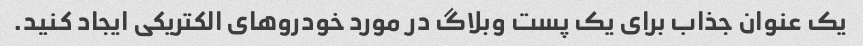
یک عنوان جذاب برای یک پست وبلاگ در مورد خودروهای الکتریکی ایجاد کنید.